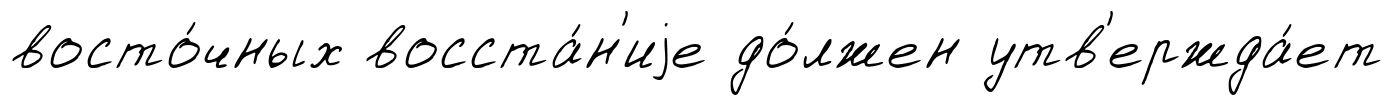
восто́чных восста́н'иjе до́лжен утв'ержда́ет